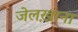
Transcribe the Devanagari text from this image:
जेलख़ाना